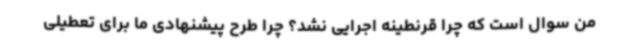
من سوال است که چرا قرنطینه اجرایی نشد؟ چرا طرح پیشنهادی ما برای تعطیلی